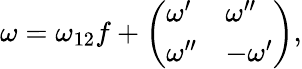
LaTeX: \omega=\omega_{12}f+\left(\begin{array}{ll}{{\omega^{\prime}}}&{{\omega^{\prime\prime}}}\\ {{\omega^{\prime\prime}}}&{{-\omega^{\prime}}}\end{array}\right),